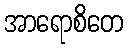
အာရောစိတေ